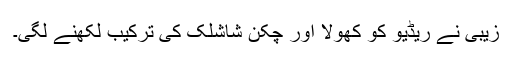
زیبی نے ریڈیو کو کھولا اور چکن شاشلک کی ترکیب لکھنے لگی۔